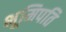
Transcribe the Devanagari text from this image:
भूमिपति